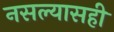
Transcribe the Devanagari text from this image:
नसल्यासही